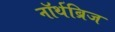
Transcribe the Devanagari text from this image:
नॉर्थब्रिज